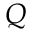
Q